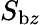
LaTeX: S_{\mathrm{b}z}